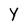
Character: y